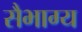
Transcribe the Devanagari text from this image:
सैभाग्य